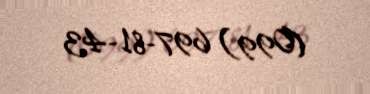
(099) 697-81-43